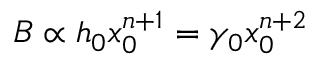
B \propto h _ { 0 } x _ { 0 } ^ { n + 1 } = \gamma _ { 0 } x _ { 0 } ^ { n + 2 }